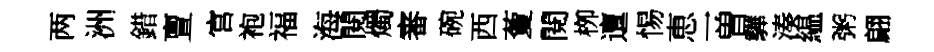
两洲錯亶官袍福海閱燭審碗西藑閱栁邅惕恵一曽驊湊緼粥翩